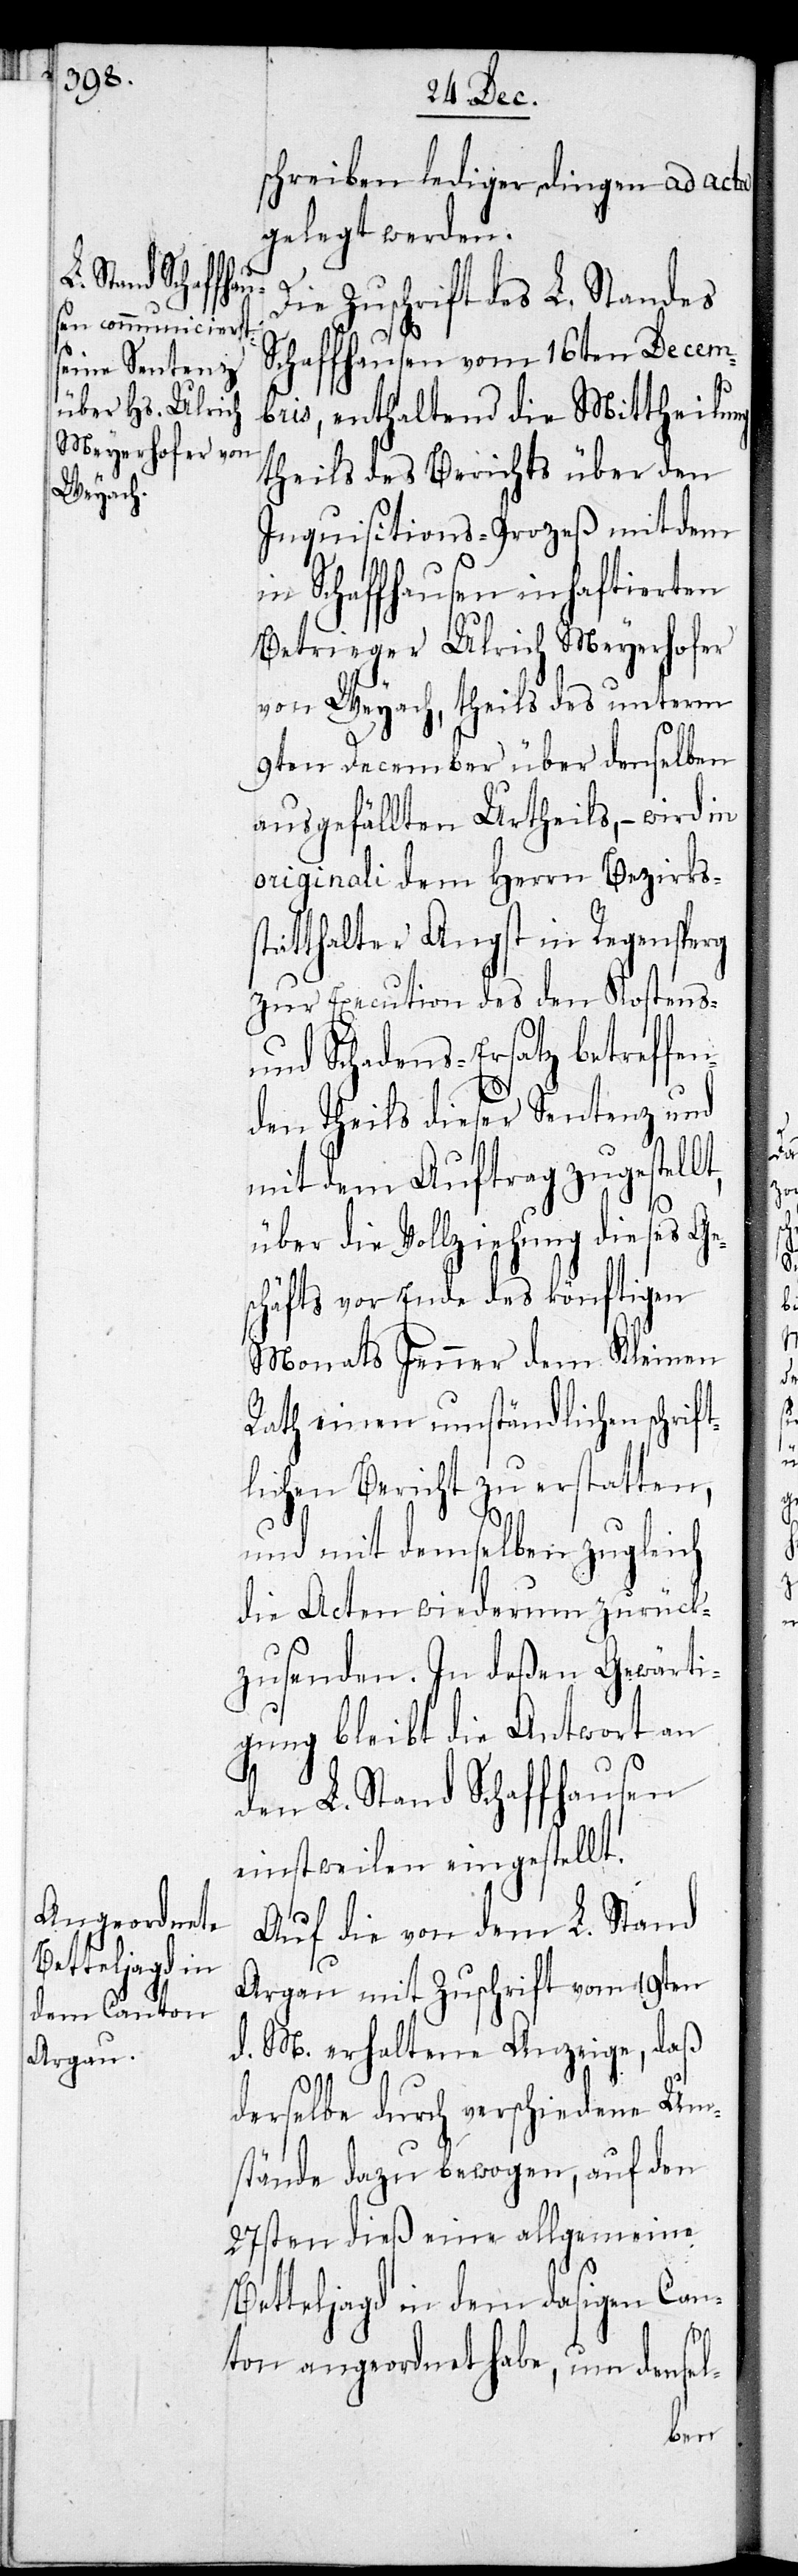
schreiben lediger Dingen ad acta
gelegt werden.
Die Zuschrift des L. Standes
Schaffhausen vom 16ten Decemb¬
ris, enthaltend die Mittheilung
theils des Berichts über den
Inquisitions-Prozeß mit dem
in Schaffhausen inhaftierten
Betrüger Ulrich Meyerhofer
von Weyach, theils des unterm
9ten December über denselben
ausgefällten Urtheils, – wird in
originali dem Herrn Bezirkss¬
tatthalter Angst in Regensberg
zur Execution des den Kostens-
und Schadens-Ersatz betreffe¬
nden Theils dieser Sentenz und
mit dem Auftrag zugestel¬
lt,
über die Vollziehung dieses Ge¬
schäfts vor Ende des könftigen
Monats Jenner dem Kleinen
Rath einen umständlichen schrift¬
lichen Bericht zu erstatten,
und mit demselben zugleich
die Acten wiederum zurück¬
zusenden. In deßen Gewärti¬
gung bleibt die Antwort an
den L. Stand Schaffhausen
einstweilen eingestellt.
Auf die von dem L. Stand
Aargau mit Zuschrift vom 19ten
d. M. erhaltene Anzeige, daß
derselbe durch verschiedenen Um¬
stände dazu bewogen, auf den
27sten dieß eine allgemeine
Betteljagd in dem dasigen Can¬
ton angeordnet habe, um densel-